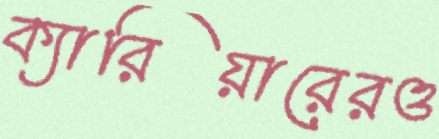
ক্যারিয়ারেরও